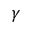
\gamma